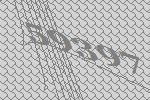
59397